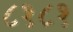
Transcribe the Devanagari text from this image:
८१८१